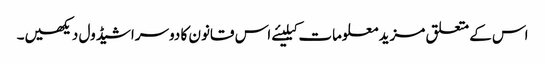
اس کے متعلق مزید معلومات کیلیئے اس قانون کا دوسراشیڈول دیکھیں۔